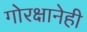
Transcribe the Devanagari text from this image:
गोरक्षानेही